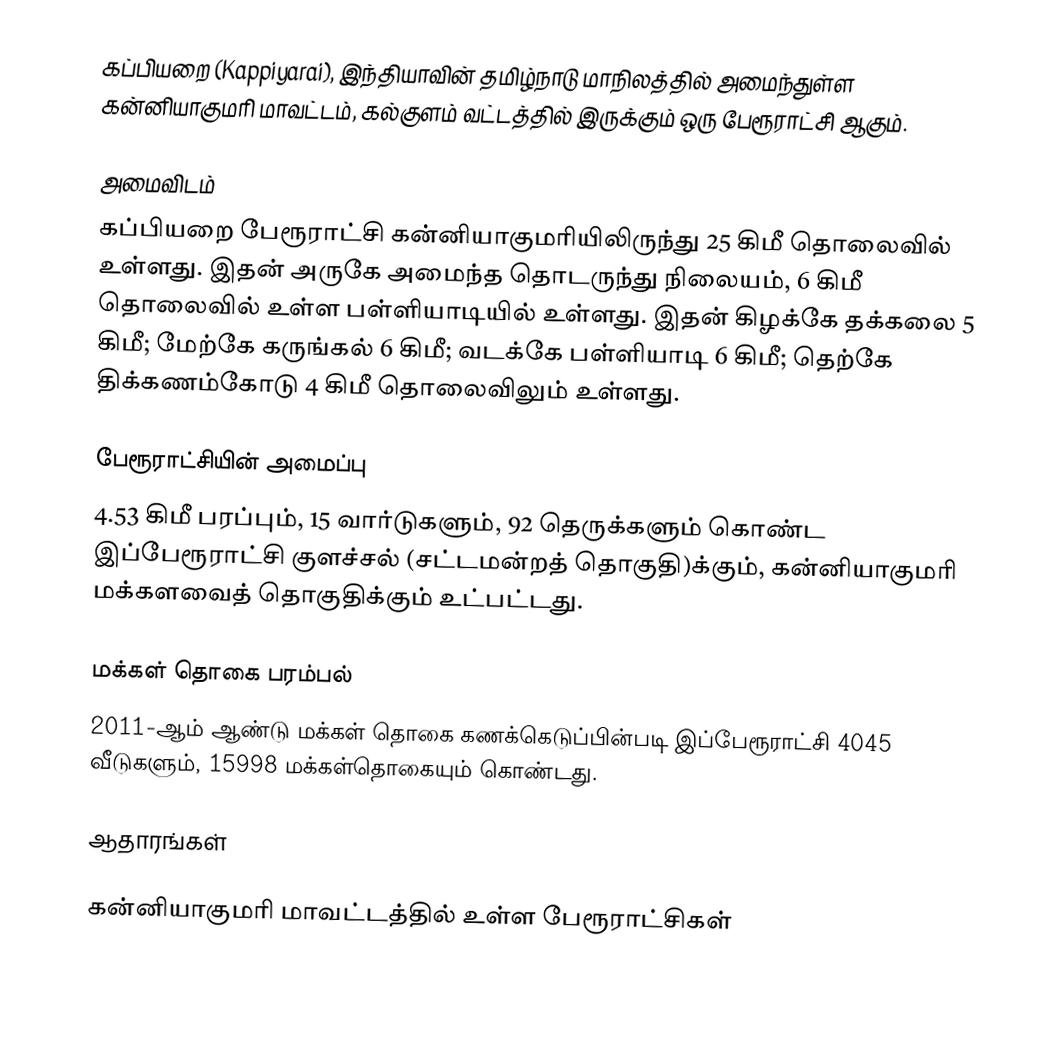
கப்பியறை (Kappiyarai), இந்தியாவின் தமிழ்நாடு மாநிலத்தில் அமைந்துள்ள கன்னியாகுமரி மாவட்டம், கல்குளம் வட்டத்தில் இருக்கும் ஒரு பேரூராட்சி ஆகும்.

அமைவிடம்
கப்பியறை பேரூராட்சி கன்னியாகுமரியிலிருந்து 25 கிமீ தொலைவில் உள்ளது. இதன் அருகே அமைந்த தொடருந்து நிலையம், 6 கிமீ தொலைவில் உள்ள  பள்ளியாடியில் உள்ளது. இதன் கிழக்கே தக்கலை 5 கிமீ; மேற்கே கருங்கல் 6 கிமீ; வடக்கே பள்ளியாடி 6 கிமீ; தெற்கே திக்கணம்கோடு 4 கிமீ தொலைவிலும் உள்ளது.

பேரூராட்சியின் அமைப்பு
4.53 கிமீ  பரப்பும், 15  வார்டுகளும்,  92 தெருக்களும் கொண்ட இப்பேரூராட்சி குளச்சல் (சட்டமன்றத் தொகுதி)க்கும், கன்னியாகுமரி மக்களவைத் தொகுதிக்கும் உட்பட்டது.

மக்கள் தொகை பரம்பல்
2011-ஆம் ஆண்டு மக்கள் தொகை கணக்கெடுப்பின்படி  இப்பேரூராட்சி                            4045 வீடுகளும், 15998 மக்கள்தொகையும் கொண்டது.

ஆதாரங்கள்

கன்னியாகுமரி மாவட்டத்தில் உள்ள பேரூராட்சிகள்